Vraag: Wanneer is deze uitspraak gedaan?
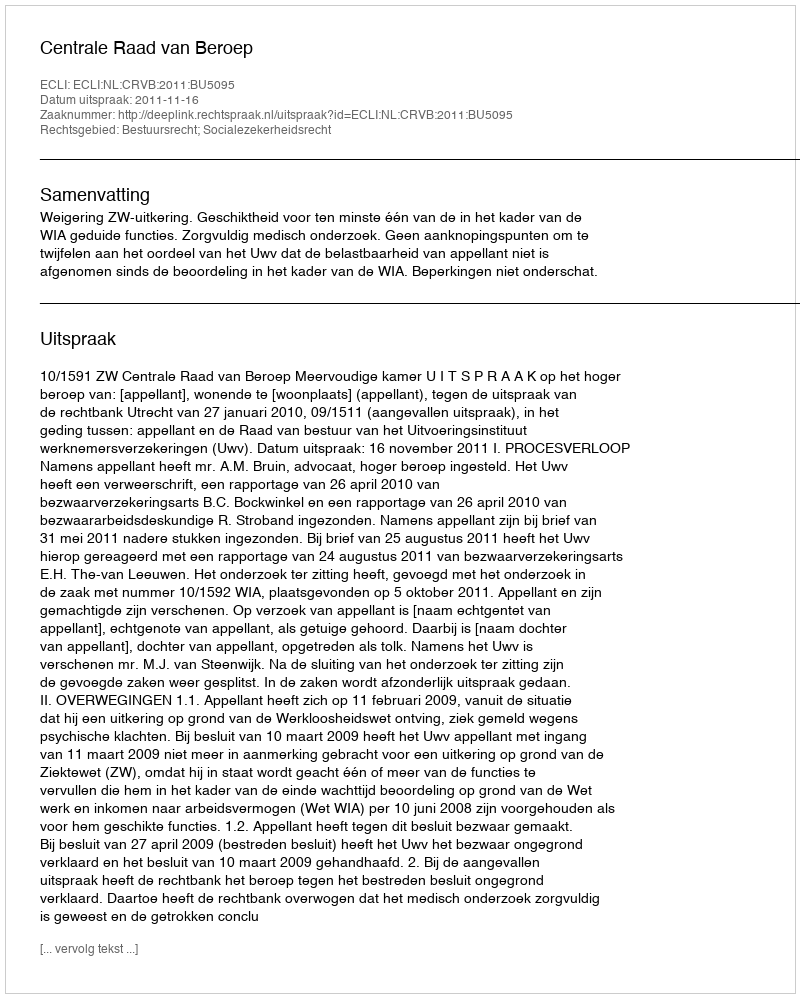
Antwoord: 2011-11-16